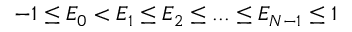
- 1 \le E _ { 0 } < E _ { 1 } \le E _ { 2 } \le . . . \le E _ { N - 1 } \le 1